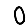
Digit: 0